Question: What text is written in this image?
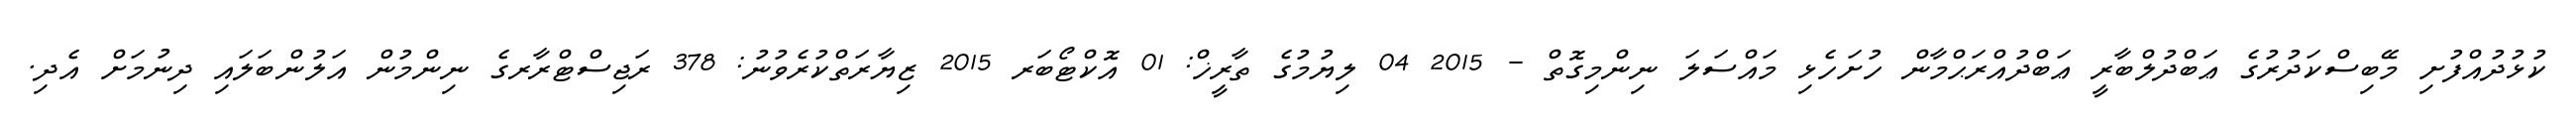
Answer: ކުޅުދުއްފުށި މޭބިސްކަދުރުގެ ޢަބްދުލްބާރީ ޢަބްދުއްރަޙްމާން ހުށަހެޅި މައްސަލަ ނިންމިގޮތް - 2015 04 ލިޔުމުގެ ތާރީޚް: 01 އޮކްޓޯބަރ 2015 ޒިޔާރަތްކުރެވުނު: 378 ރަޖިސްޓްރާރގެ ނިންމުން އަލުންބަލައި ދިނުމަށް އެދި.